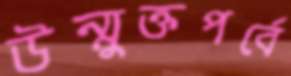
উন্মুক্তপর্বে